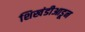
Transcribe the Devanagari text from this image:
शिखंडीआडून